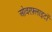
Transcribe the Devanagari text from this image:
ओवरफ़्लाइटों